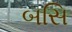
બસિ